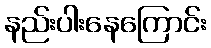
နည်းပါးနေကြောင်း